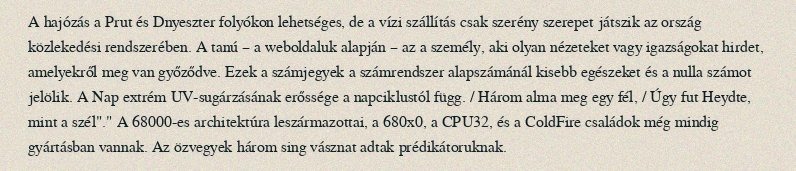
A hajózás a Prut és Dnyeszter folyókon lehetséges, de a vízi szállítás csak szerény szerepet játszik az ország közlekedési rendszerében. A tanú – a weboldaluk alapján – az a személy, aki olyan nézeteket vagy igazságokat hirdet, amelyekről meg van győződve. Ezek a számjegyek a számrendszer alapszámánál kisebb egészeket és a nulla számot jelölik. A Nap extrém UV-sugárzásának erőssége a napciklustól függ. / Három alma meg egy fél, / Úgy fut Heydte, mint a szél"." A 68000-es architektúra leszármazottai, a 680x0, a CPU32, és a ColdFire családok még mindig gyártásban vannak. Az özvegyek három sing vásznat adtak prédikátoruknak.